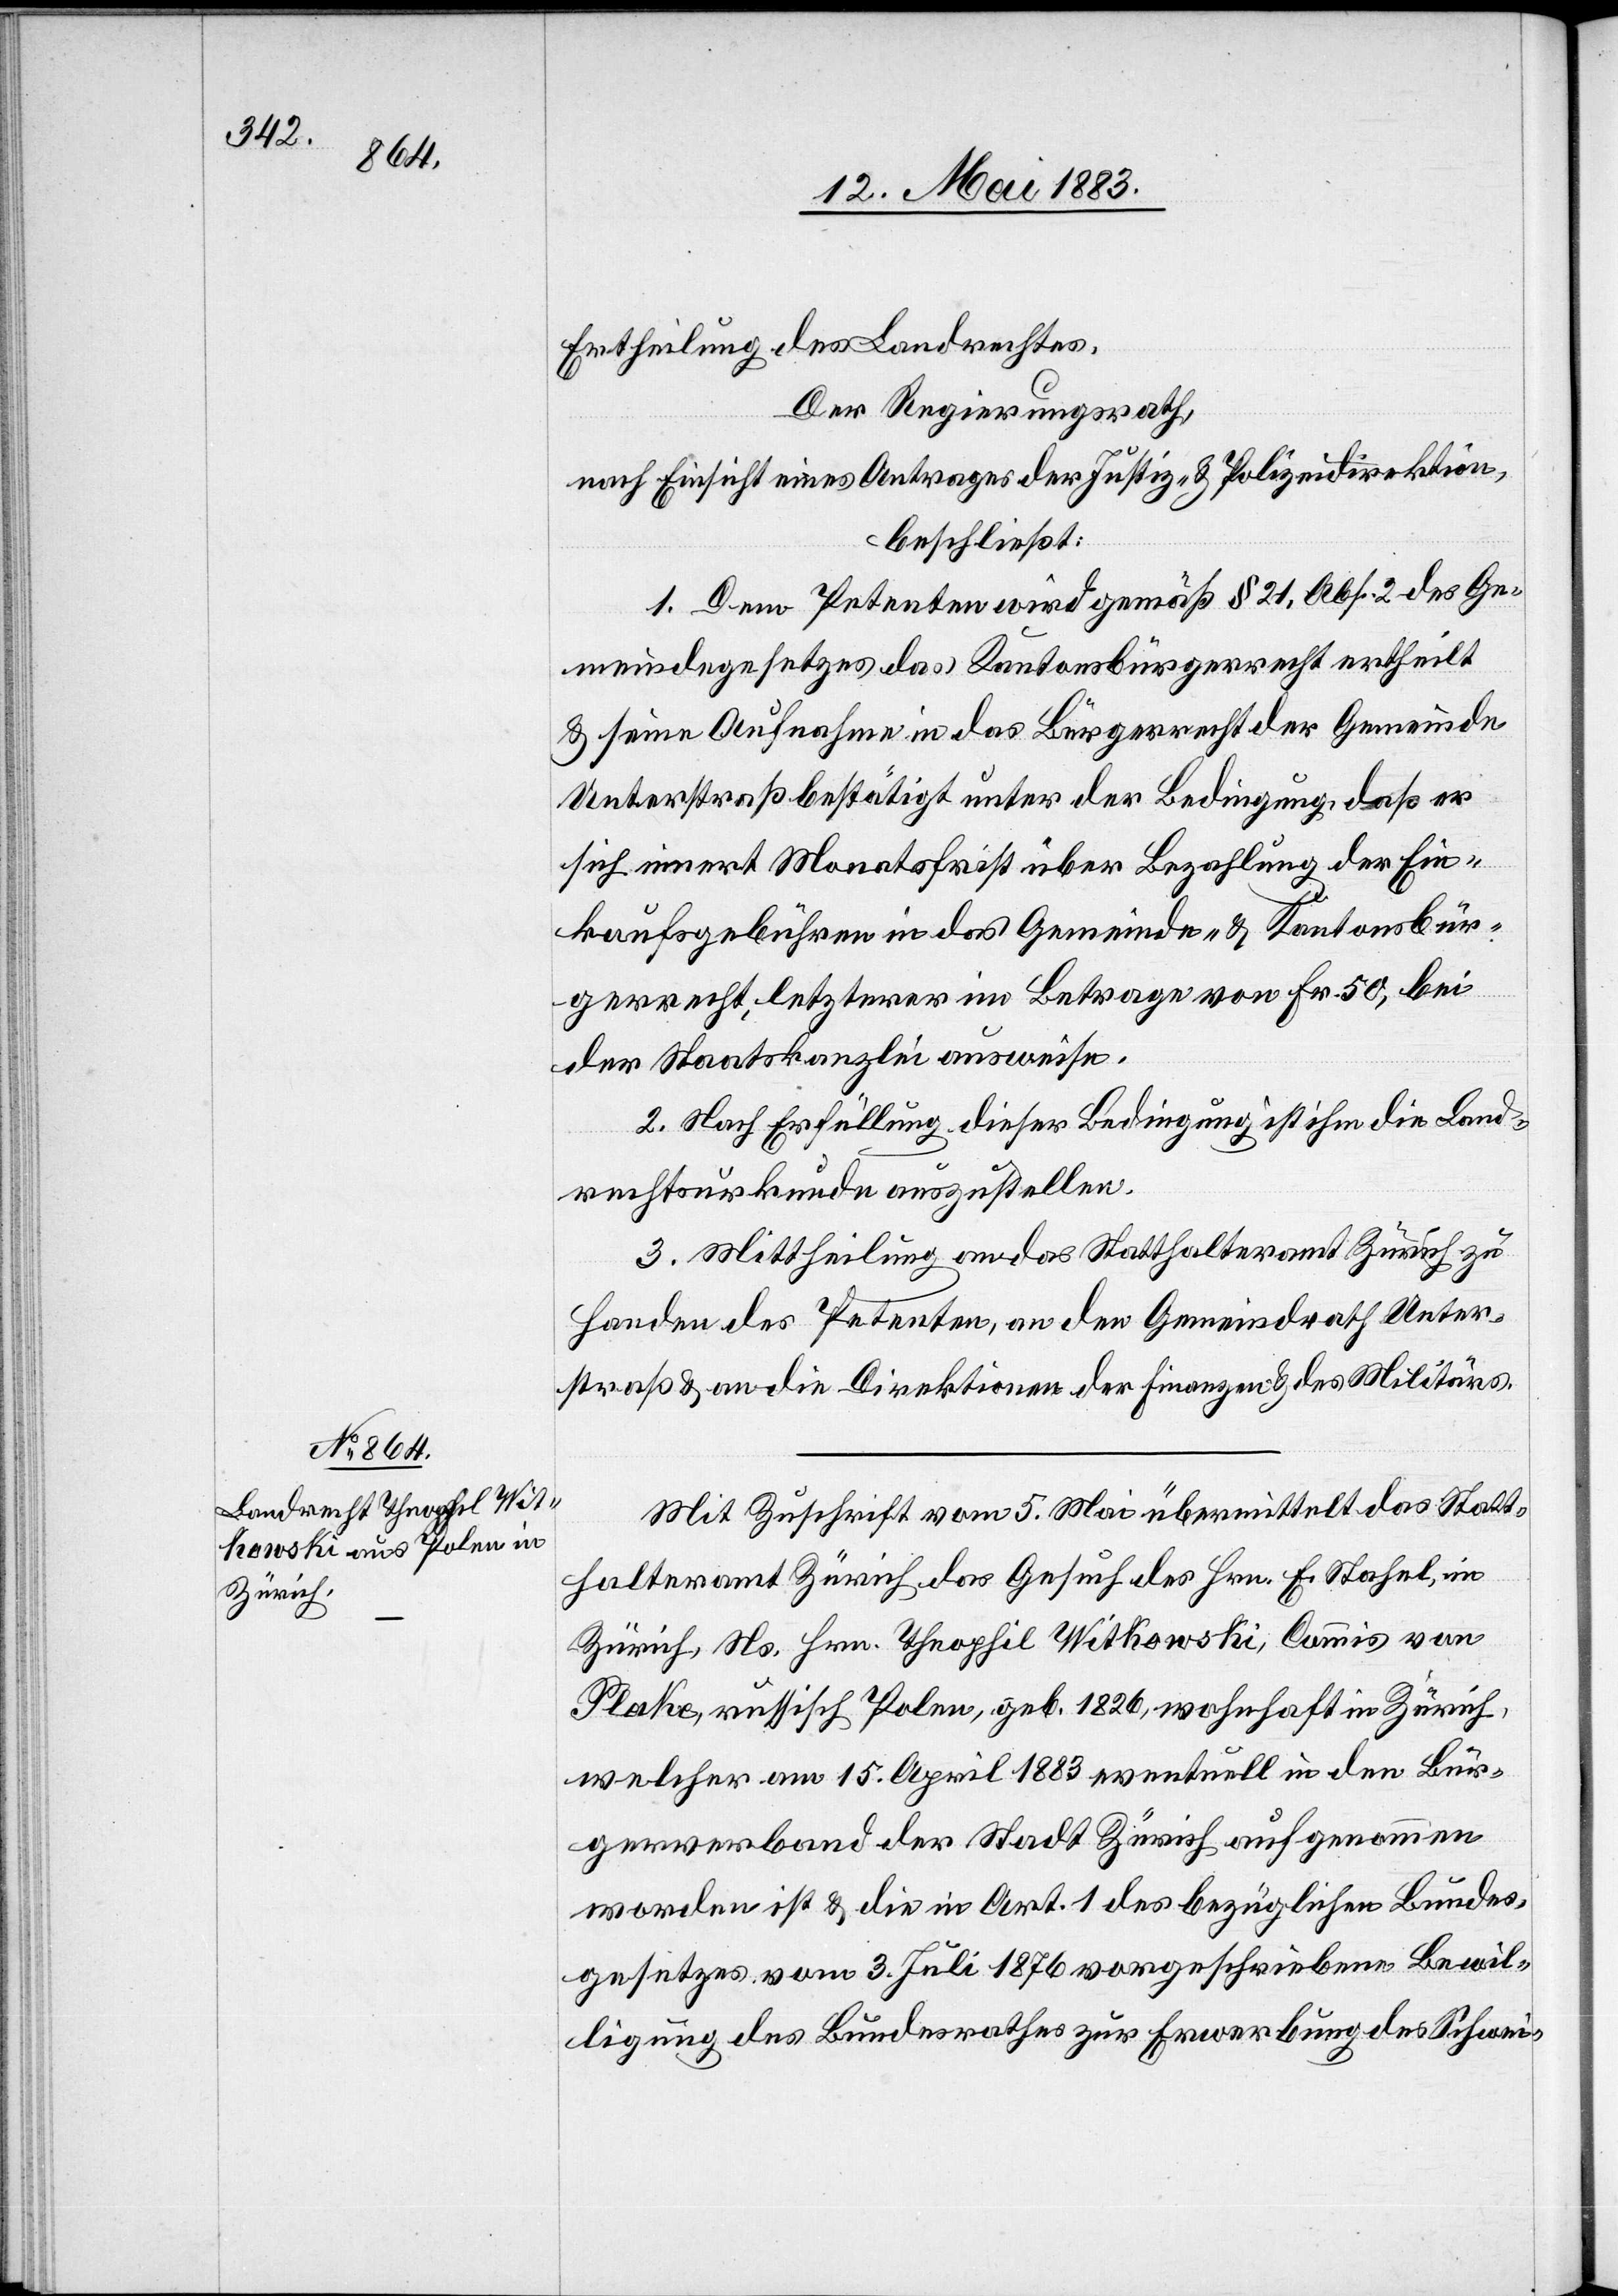
Ertheilung des Landrechtes,
Der Regierungsrath,
nach Einsicht eines Antrages der Justiz- & Polizeidirektion,
beschließt:
1. Dem Petenten wird gemäß § 21, Abs. 2 des Ge¬
meindegesetzes das Kantonsbürgerrecht ertheilt
& seine Aufnahme in das Bürgerrecht der Gemeinde
Unterstraß bestätigt unter der Bedingung, daß er
sich innert Monatsfirst über Bezahlung der Ein¬
kaufsgebühren in das Gemeinde- & Kantonsbür¬
gerrecht, letzterer im Betrage von Fr. 50, bei
der Staatskanzlei ausweise.
2. Nach Erfüllung dieser Bedingung ist ihm die Land¬
rechtsurkunde auszustellen.
3. Mittheilung an das Statthalteramt Zürich zu
Handen des Petenten, an den Gemeindrath Unter¬
straß & an die Direktionen der Finanzen & des Militärs.
Mit Zuschrift vom 5. Mai übermittelt das Statt¬
halteramt Zürich das Gesuch des Hrn. E. Stahel, in
Zürich, Ns. Hrn. Theophil Witkowski, Comis von
Plake, russisch Polen, geb. 1826, wohnhaft in Zürich,
welcher am 15. April 1883 eventuell in den Bür¬
gerverband der Stadt Zürich aufgenommen
worden ist & die in Art. 1 des bezüglichen Bundes¬
gesetzes vom 3. Juli 1876 vorgeschriebene Bewil¬
ligung des Bundesrathes zur Erwerbung des Schwei-